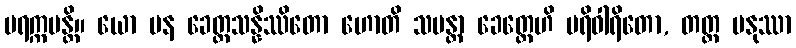
ပရက္ကမန္တိ။ ယော ပန ခေတ္တသန္နိဿိတော ဟောတိ သမန္တာ ခေတ္တေဟိ ပရိဝါရိတော, တတ္ထ မနုဿာ